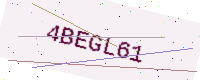
Text: 4BEGL61